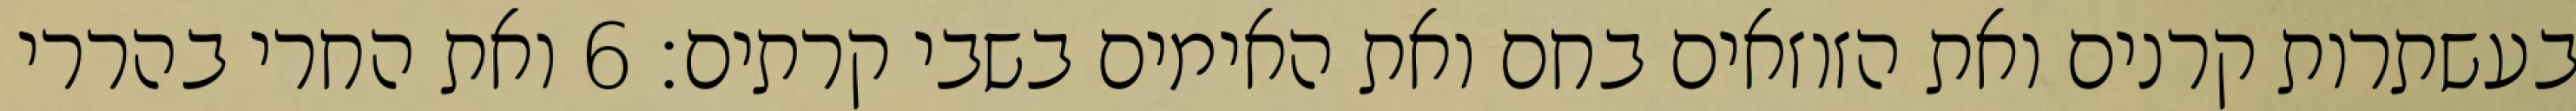
בעשתרות קרנים ואת הזוזאים בחם ואת האימים בשבי קרתים׃ ‎6‏ ואת החרי בהררי